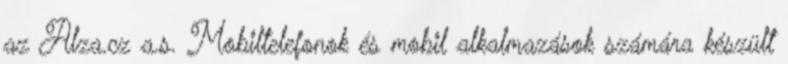
az Alza.cz a.s. Mobiltelefonok és mobil alkalmazások számára készült